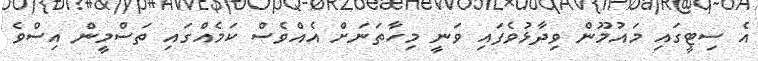
އެ ސިޓީގައި މައުމޫން ވިދާޅުވެފައި ވަނީ މިހާތަނަށް އެއްވެސް ކަމެއްގައި ތަސްމީން އިސްވެ